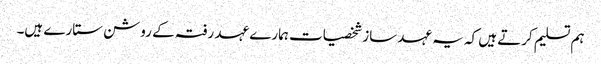
ہم تسلیم کرتے ہیں کہ یہ عہد ساز شخصیات ہمارے عہد رفتہ کے روشن ستارے ہیں۔